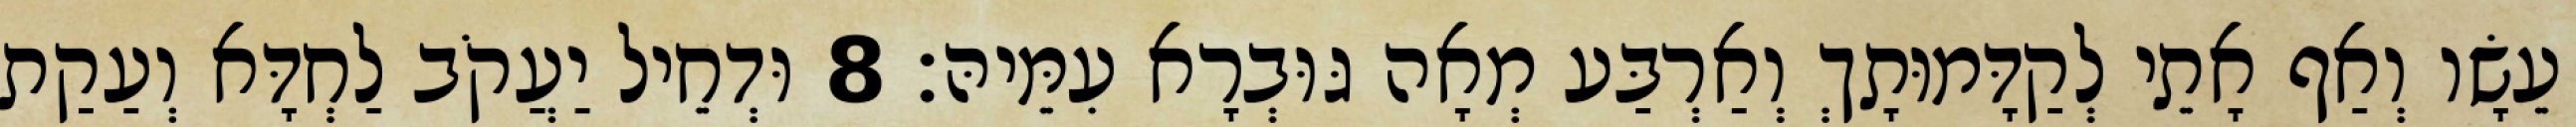
עֵשָׂו וְאַף אָתֵי לְקַדָּמוּתָךְ וְאַרְבַּע מְאָה גּוּבְרָא עִמֵּיהּ׃ 8 וּדְחֵיל יַעֲקֹב לַחְדָּא וְעַקַת